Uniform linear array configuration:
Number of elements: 4
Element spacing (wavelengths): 0.75
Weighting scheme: hann
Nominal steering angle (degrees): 15
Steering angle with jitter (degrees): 13.685
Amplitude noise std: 0.05
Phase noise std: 0.05

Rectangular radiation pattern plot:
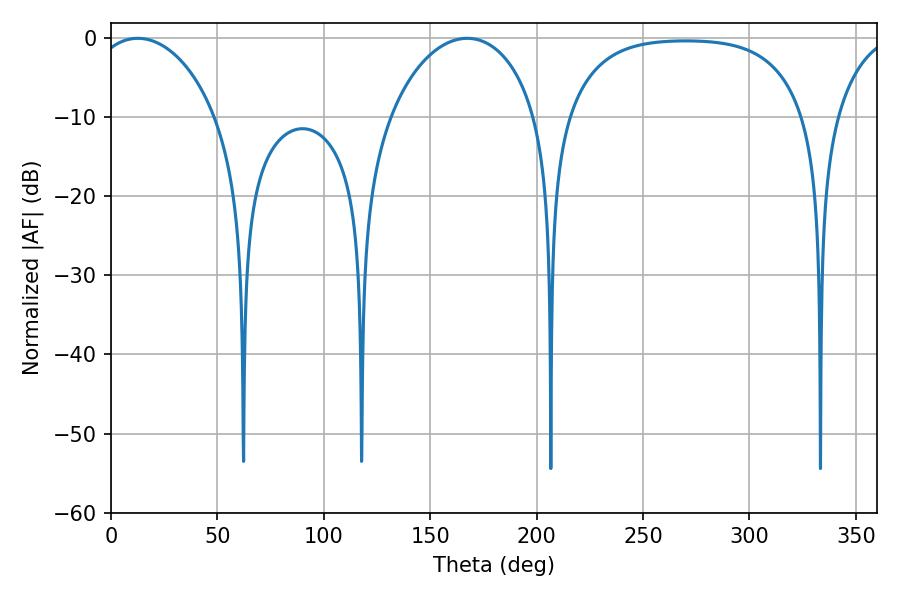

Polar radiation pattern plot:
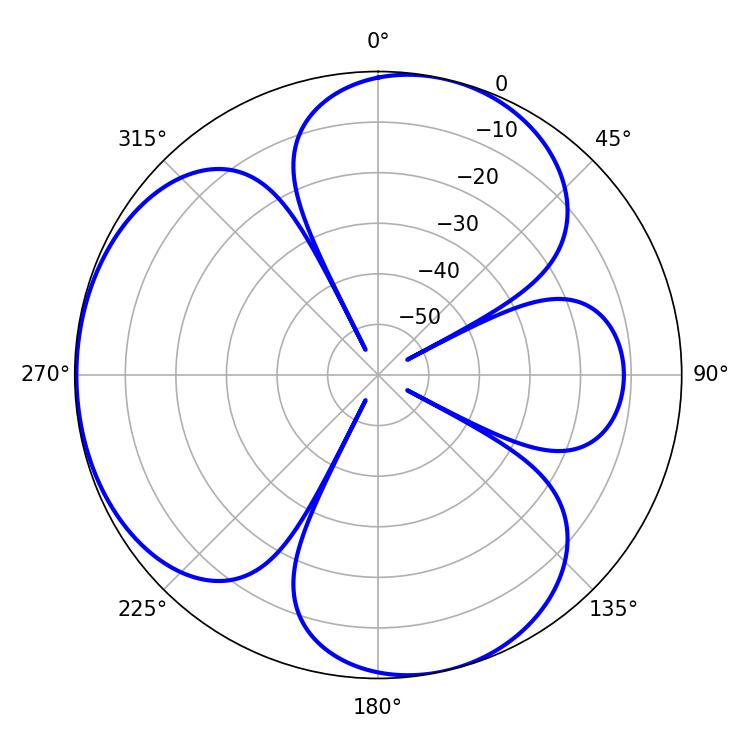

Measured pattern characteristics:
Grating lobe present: TRUE
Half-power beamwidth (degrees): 39.78
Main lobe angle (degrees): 167.4